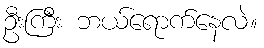
ဦးကြီး ဘယ်ရောက်နေလဲ။